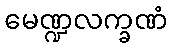
မေဏ္ဍလက္ခဏံ